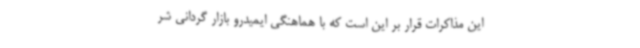
این مذاکرات قرار بر این است که با هماهنگی ایمیدرو بازار گردانی شر